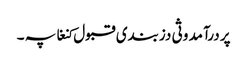
پر درآمد وثی دزبندی قبول کنغا پہ ۔